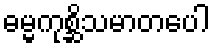
ဓမ္မကုစ္ဆိသမာတပေါ